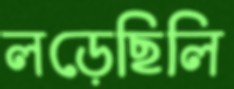
লড়েছিলি